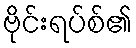
ဗိုင်းရပ်စ်၏